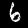
Digit: 6